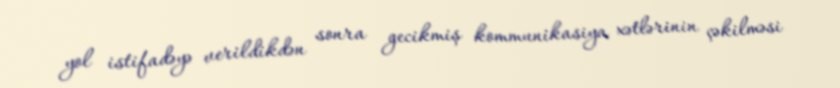
yol istifadəyə verildikdən sonra gecikmiş kommunikasiya xətlərinin çəkilməsi